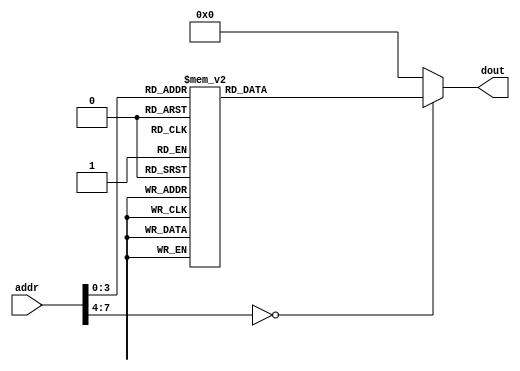
module rom ( input [7:0] addr,output reg [15:0] dout );
always @ (addr)
case (addr)
8'b0000_0000: dout = 16'b0111_0000_0001_0111; ///addi r1,r0,#7;
8'b0000_0001: dout = 16'b1000_0001_0010_0010; //Subi r2,r1,#2 
8'b0000_0010: dout = 16'b1010_0000_0010_0000; //store [r0],r2
8'b0000_0011: dout = 16'b1001_0000_0011_0000; //load  r3 [r0]
8'b0000_0100: dout = 16'b0001_0001_0010_0100; //add r4,r1,r2
8'b0000_0101: dout = 16'b0010_0100_0010_0101;  //Sub r5,r4,r2
8'b0000_0110: dout = 16'b1100_0000_0101_0001;  //stori [1],$r5;
8'b0000_0111: dout = 16'b1011_0000_0110_0001;  //loadi r6,[1];
8'b0000_1000: dout = 16'b0101_0100_0111_0011;  //SHL r7, r4,#3 
8'b0000_1001: dout = 16'b0110_0100_1000_0010;  //SHR r8,r4,#2
8'b0000_1010: dout = 16'b0011_0100_0001_1001;  //AND R9, R4, R1;
8'b0000_1011: dout = 16'b0100_0100_0010_1010;  //OR R10, R4, R2;
8'b0000_1100: dout = 16'b1101_0110_0101_0111;  //Bre Jump R10, R4, R2;
8'b0000_1101: dout = 16'b0000_0000_0000_0000;  //Halt
default:      dout = 16'h0000;
endcase
endmodule